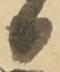
日